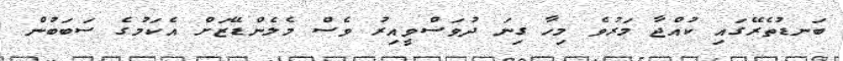
ބަނޑުތެރޭގައި ކުއްޖާ މަރުވެ މިހާ ގިނަ ދުވަސްވީއިރު ވެސް މެލެންޑޭޒަށް އެކަމުގެ ސަބަބުން